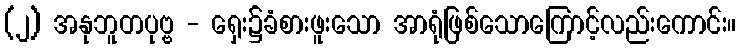
(၂) အနုဘူတပုဗ္ဗ - ရှေး၌ခံစားဖူးသော အာရုံဖြစ်သောကြောင့်လည်းကောင်း။